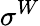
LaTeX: \sigma^{W}